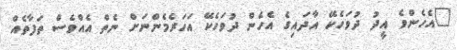
"އެހެންވެ އީދު ދުވަހެކޭ އާދައިގެ އެހެން ދުވަހެކޭ އަހަރެމެންނަށް ނެތް އެއްވެސް ތަފާތެއް.